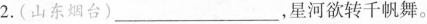
2.(山东烟台)\underline，星河欲转千帆舞。